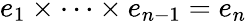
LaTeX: e_{1}\times\cdots\times e_{n-1}=e_{n}